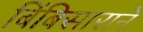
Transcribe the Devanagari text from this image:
बिंबिसाराने